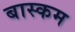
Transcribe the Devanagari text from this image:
बास्कम